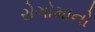
રોગોમાનો